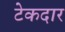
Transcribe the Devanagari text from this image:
टेकदार